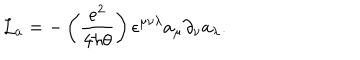
{ \mathcal L } _ { a } = - \left( { \frac { e ^ { 2 } } { 4 \hbar \theta } } \right) \epsilon ^ { \mu \nu \lambda } a _ { \mu } \partial _ { \nu } a _ { \lambda } .